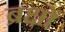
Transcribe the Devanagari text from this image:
ब्रक्षों